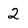
Character: 2